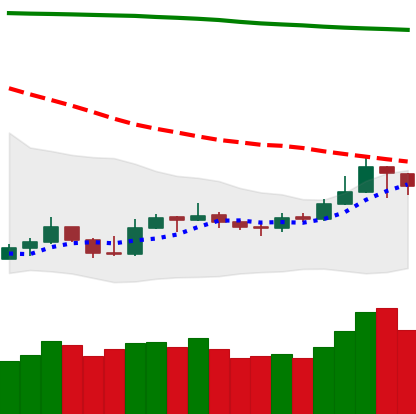
Ticker: LTC-USD
Chart end date: 2019-09-20
Forward return: -23.275%
Label: down_7plus